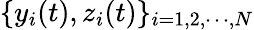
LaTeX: \{ y_{i}(t),z_{i}(t)\} _{i=1,2,\cdots,N}